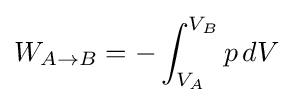
W_{A\to B}=-\int _{V_{A}}^{V_{B}}p\,dV